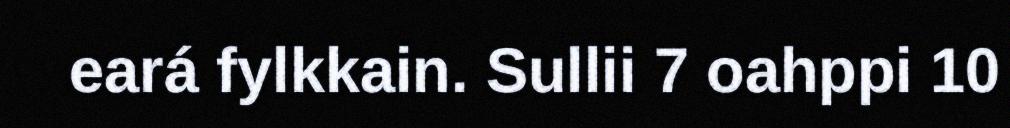
eará fylkkain. Sullii 7 oahppi 10